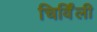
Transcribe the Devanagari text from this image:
चिर्विंली